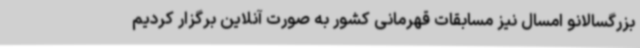
بزرگسالانو امسال نیز مسابقات قهرمانی کشور به صورت آنلاین برگزار کردیم